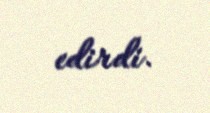
edirdi.